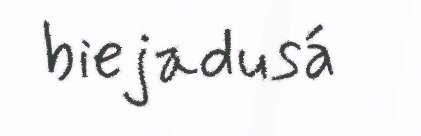
biejadusá